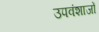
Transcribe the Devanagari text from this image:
उपवंशाजों